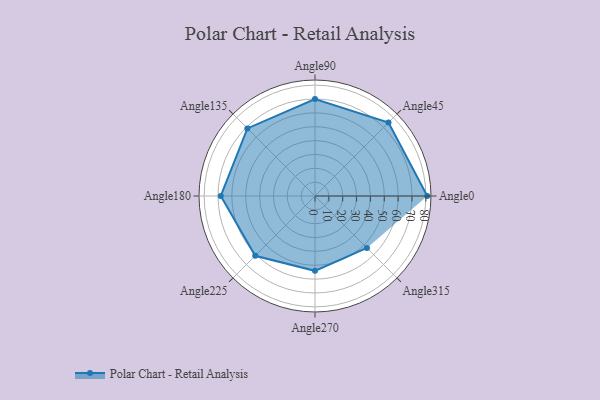
{"axis": {"x": "Angle", "y": "Radius"}, "legend": [""], "data": [{"x": "Angle0", "y": 81.0, "type": ""}, {"x": "Angle45", "y": 75.0, "type": ""}, {"x": "Angle90", "y": 70.0, "type": ""}, {"x": "Angle135", "y": 69.0, "type": ""}, {"x": "Angle180", "y": 68.0, "type": ""}, {"x": "Angle225", "y": 61.0, "type": ""}, {"x": "Angle270", "y": 54.0, "type": ""}, {"x": "Angle315", "y": 53.0, "type": ""}]}